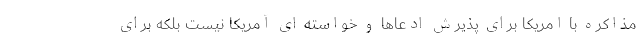
مذاکره با امریکا براى پذیرش ادعاها و خواسته ای آمریکا نیست بلکه برای